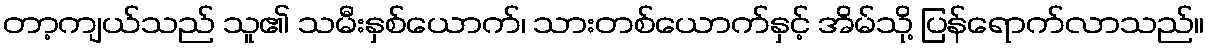
တာ့ကျယ်သည် သူ၏ သမီးနှစ်ယောက်၊ သားတစ်ယောက်နှင့် အိမ်သို့ ပြန်ရောက်လာသည်။